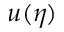
u ( \eta )